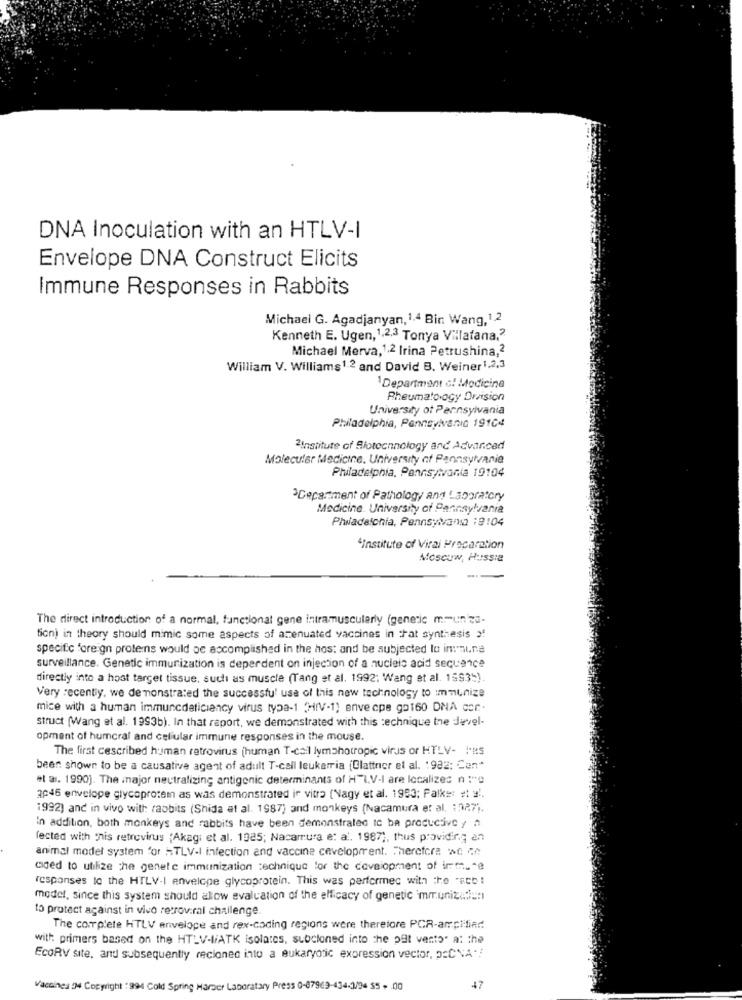
DNA Inoculation with an HTLV-I
Envelope DNA Construct Elicits
Immune Responses in Rabbits
Michael G. Agadjanyan, 1.4 Bin Wang,1,2
Kenneth E. Ugen, 1,2,3 Tonya Villatana,"
Michael Merva,1.2 Irina Petrushina,2
William V. Williams1.2 and David B. Weiner 1,2,3
1Department of Medicine
Rheumatology Drvision
University of Pennsylvania
Philadelphia, Pennsylvania 19104
2Institute of Biotechnology and Advanced
Molecular Medicine, University of Pennsylvania
Philadelphia, Pennsylvania 19104
Department of Pathology and Laboratory
Medicine. University of Pennsylvania
Philadelphia, Pennsylvania 19:04
"Institute of Viral Preparation
Moseuw, Hussie
The direct introduction of a normal, functional gene intramuscularly (generic mmun'za-
fion) in theory should mimic some aspects of attenuated vaccines in :at synthesis >
specific foreign proteins would be accomplished in the host and be subjected lo immune
surveillance. Genetic immunization is deperdent on injection of a nucleic acid sequence
directly into a host target tissue, such as muscle (Tang et al. 1992; Wang et al. 19935).
Very recentiy. we demonstrated the successful use of this new technology to immunize
mice with a human immuncdeficiency virus typa-1 (HIV-1) envecpe gat60 ONA cer ..
struct (Wang et al. 1993b). In that raport, we demonstrated with this technique the Jevel-
opment of humcral and celular immune responses in the mouse.
The first cescribed human retrovirus (human T-cail lymahotropic virus or HTLV- I'RS
been shown to be a causative agent of adult T-cell leukerria (Clattrier et al. 1982; Can"
et al. 1990). The inajor neutralizing antigenic determinants of H-I.V-I are localizes n :"℃
3046 envelope glycoprotem as was demonstrated in vitro (Nagy et al. 1993; Palk =: #! y'.
1992) and in vivo with rabbits (Shida et al. 1987) and monkeys (Nacamura et al. : 227).
in addition, both monkeys and rabbits have been demonstrated to be productive y Â
fested with this retrovirus (Akag; et al. 1025; Nacamura e: al. 1987 ;, thus providing an
animal model system for HTLV-I infection and vaccine cevelopment. Therefore we q
cided to utilize che genetc immunization technique for the development of irma *e
responses to the HTLV-I envelope glycoprotein. This was performed with the "Ecb !
model, since this system should allow evaluation of the efficacy of genetic mir.unizes:1
to protect against in vivo retroviral challenge
The complete HTLV envelope and rex-coding regions were therefore PCR-amplified
with: primers based on the HTLV-WATK isolates, subcloned into the pat vento" a: the
EcoRV site, and subsequently recionec into a eukaryotic expression vector, DECNA"!
Vaccines 34 Copyright : 994 Cold Spring Harzer Laboratory Press 0-87969-434.3/94 55 + 00
47